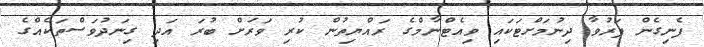
ފެނިގެން ފަރުވާ ދިނުމަށްޓަކައި ވިއެޓްނާމްގެ ރައްޔިތުން ކުރި ވަރަށް ބުރަ އަދި ގިނަދުވަސްތަކެއްގެ